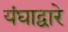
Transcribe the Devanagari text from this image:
यंघाद्वारे